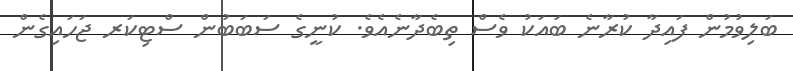
ބަލިވުމުން ފައިދާ ކުރާނެ ބައަކު ވެސް ތިބެދާނެއެވެ. ކުނީގެ ސަބަބުން ސްޓިކަރ ޖަހައިގެން